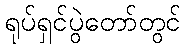
ရုပ်ရှင်ပွဲတော်တွင်